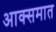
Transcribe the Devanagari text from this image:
आक्समात